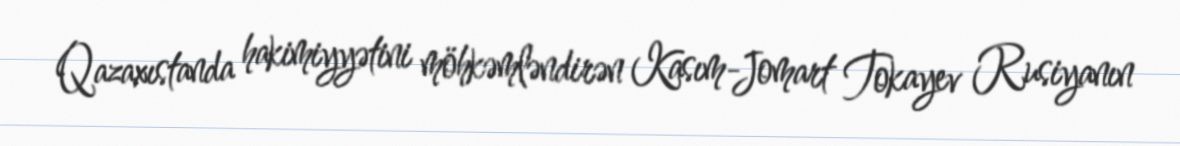
Qazaxıstanda hakimiyyətini möhkəmləndirən Kasım-Jomart Tokayev Rusiyanın